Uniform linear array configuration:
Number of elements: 4
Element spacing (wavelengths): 0.5
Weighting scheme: hann
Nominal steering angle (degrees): -60
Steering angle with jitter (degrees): -60.15
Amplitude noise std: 0.05
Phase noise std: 0.05

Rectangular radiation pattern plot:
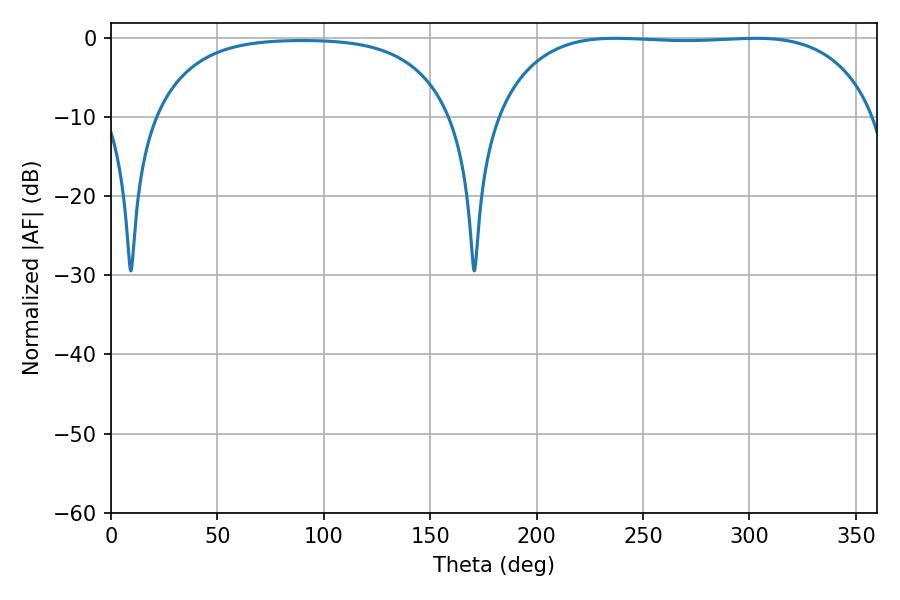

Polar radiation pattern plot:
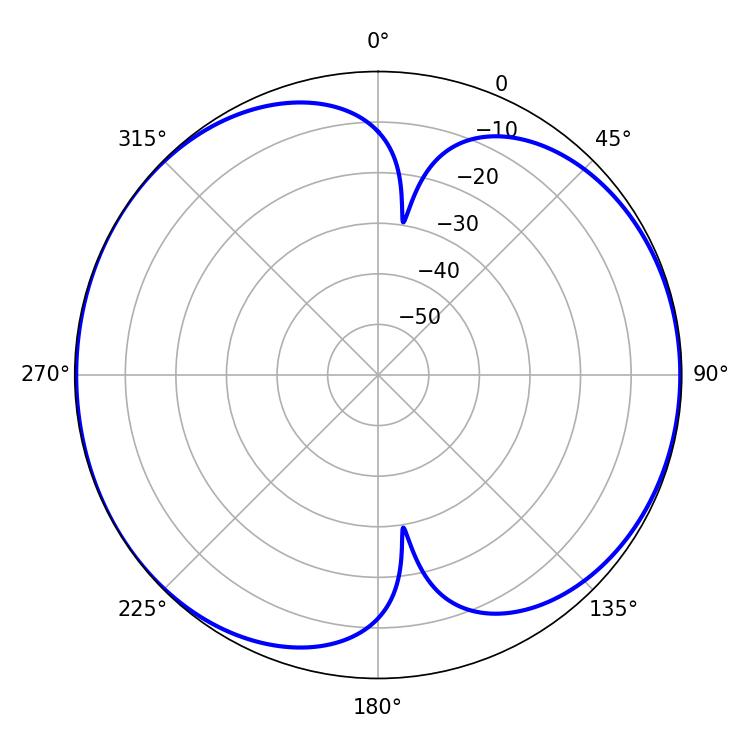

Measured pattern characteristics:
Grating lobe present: FALSE
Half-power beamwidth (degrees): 140.4
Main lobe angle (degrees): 236.88